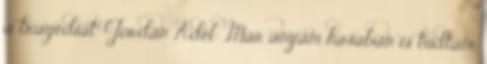
a tragédiát” Jordán Adél: „Már anyám hasában is tudtam,